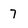
Character: 7